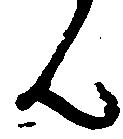
ん